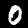
Digit: 0